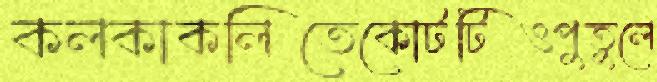
কলকাকলিতেকোটটিওপুতুলে